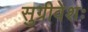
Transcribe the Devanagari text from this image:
सुग्रीवेशः